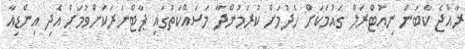
ރާއްޖެ ކާބަން ނިއުޓްރަލް ގައުމަކަށް ހެދުމަށް ކުރަމުންދާ މަސައްކަތުގައި ޕާޓްނަރަކަށްވުމަށް އެދި އިންޑިއާ